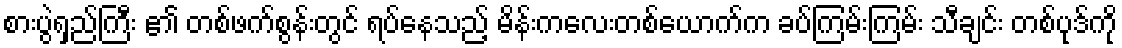
စားပွဲရှည်ကြီး ၏ တစ်ဖက်စွန်းတွင် ရပ်နေသည့် မိန်းကလေးတစ်ယောက်က ခပ်ကြမ်းကြမ်း သီချင်း တစ်ပုဒ်ကို